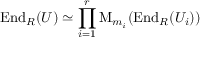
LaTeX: \operatorname { E n d } _ { R } ( U ) \simeq \prod _ { i = 1 } ^ { r } \operatorname { M } _ { m _ { i } } ( \operatorname { E n d } _ { R } ( U _ { i } ) )